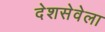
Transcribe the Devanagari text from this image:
देशसेवेला